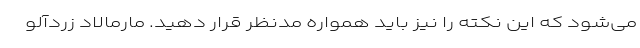
می‌شود که این نکته را نیز باید همواره مدنظر قرار دهید. مارمالاد زردآلو